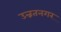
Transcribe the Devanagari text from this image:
उन्नतनगर